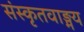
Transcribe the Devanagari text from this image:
संस्कृतवाङ्मय